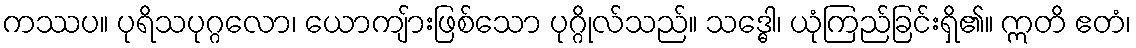
ကဿပ။ ပုရိသပုဂ္ဂလော၊ ယောကျ်ားဖြစ်သော ပုဂ္ဂိုလ်သည်။ သဒ္ဓေါ၊ ယုံကြည်ခြင်းရှိ၏။ ဣတိ ဧတံ၊